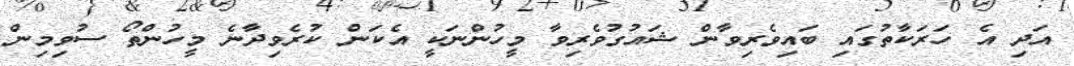
އަދި އެ ހަރަކާތުގައި ބައިވެރިވާން ޝައުގުވެރިވާ މީހުންނަކީ އެކަން ކުރެވިދާނެ މީހުންތޯ ސުވިމިން